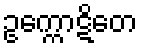
ဥက္ကောဋိတေ